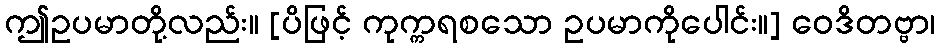
ဤဥပမာတို့လည်း။ [ပိဖြင့် ကုက္ကရစသော ဥပမာကိုပေါင်း။] ဝေဒိတဗ္ဗာ၊